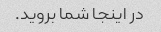
در اینجا شما بروید.